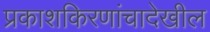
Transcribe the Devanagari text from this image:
प्रकाशकिरणांचादेखील